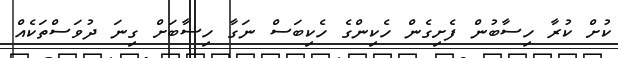
ކުށް ކުރާ ހިސާބުން ފެށިގެން ހެކިންގެ ހެކިބަސް ނަގާ ހިސާބަށް ގިނަ ދުވަސްތަކެއް